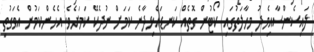
ލައިސެންސާއިމެދު މިހާލަތުގައި ކޯޓުން ގޮތެއް ކަނޑައެޅިދާނެ ކަމަށް ނުދެކޭ ކަމަށެވެ. އެހެންކަމުން އެވަގުތީ